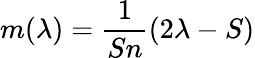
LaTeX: m(\lambda)=\frac{1}{Sn}\left(2\lambda-S\right)